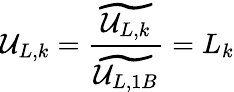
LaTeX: \mathcal{U}_{L,k}=\frac{{\widetilde{{\mathcal{U}_{L,k}}}}}{{\widetilde{{\mathcal{U}_{L,1B}}}}}=L_{k}